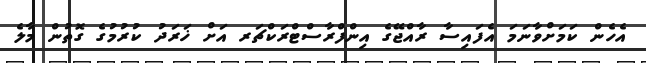
އެހެން ކަމަށްވާނަމަ އެފައިސާ ރާއްޖޭގެ އިންފްރާސްޓްރަކްޗަރ އަށް ޚަރަދު ކުރުމުގެ ގޮތުން މާލެ